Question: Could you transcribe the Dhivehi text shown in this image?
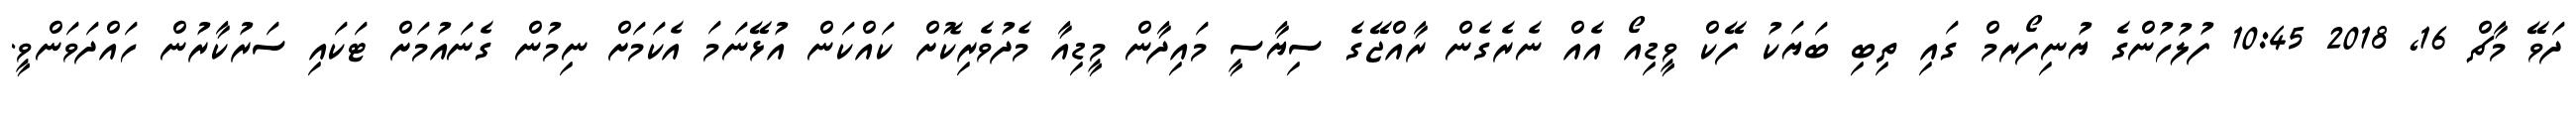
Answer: ދަވޭ މާޗް 16, 2018 10:45 ފުލުހުންގެ ޔުނިފޯރމް ގައި ތިބި ބަޔަކު ފޭކް ވީޑިއޯ އެއް ނެރެގެން ރާއްޖޭގެ ސިޔާސީ މައިދާން މީޑިއާ މެދުވެރިކޮށް ކައްކަން އުޅޭނަމަ އެކަމަށް ނިމުން ގެނައުމަށް ޓަކައި ސަރުކާރުން ހައްދަވަންވީ.